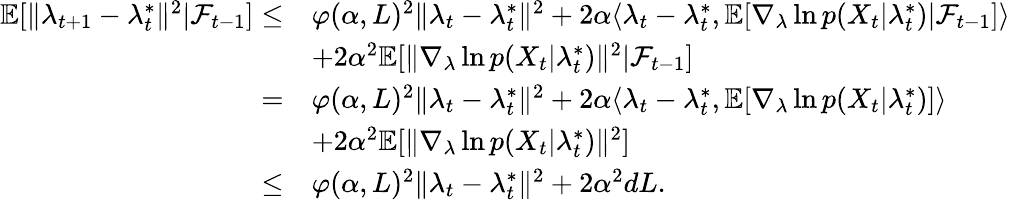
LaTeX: \begin{array}{rl}{\mathbb{E}[\| \lambda_{t+1}-\lambda_{t}^{*}\| ^{2}|\mathcal{F}_{t-1}]\leq}&{\varphi(\alpha,L)^{2}\| \lambda_{t}-\lambda_{t}^{*}\| ^{2}+2\alpha\langle\lambda_{t}-\lambda_{t}^{*},\mathbb{E}[\nabla_{\lambda}\ln p(X_{t}|\lambda_{t}^{*})|\mathcal{F}_{t-1}]\rangle}\\ &{+2\alpha^{2}\mathbb{E}[\| \nabla_{\lambda}\ln p(X_{t}|\lambda_{t}^{*})\| ^{2}|\mathcal{F}_{t-1}]}\\ {=}&{\varphi(\alpha,L)^{2}\| \lambda_{t}-\lambda_{t}^{*}\| ^{2}+2\alpha\langle\lambda_{t}-\lambda_{t}^{*},\mathbb{E}[\nabla_{\lambda}\ln p(X_{t}|\lambda_{t}^{*})]\rangle}\\ &{+2\alpha^{2}\mathbb{E}[\| \nabla_{\lambda}\ln p(X_{t}|\lambda_{t}^{*})\| ^{2}]}\\ {\leq}&{\varphi(\alpha,L)^{2}\| \lambda_{t}-\lambda_{t}^{*}\| ^{2}+2\alpha^{2}dL.}\end{array}